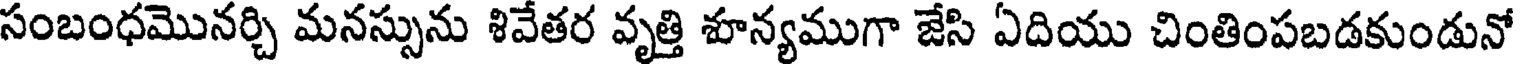
సంబంధమొనర్చి మనస్సును శివేతర వృత్తి శూన్యముగా జేసి ఏదియు చింతింపబడకుండునో